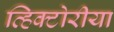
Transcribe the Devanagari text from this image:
व्हिक्टोरीया